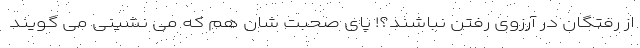
از رفتگان در آرزوی رفتن نباشند؟! پای صحبت شان هم که می نشینی می گویند